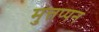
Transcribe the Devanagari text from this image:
मुत्तप्पन